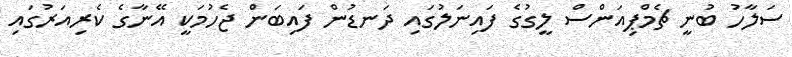
ސަލާހު ބުނީ ޗެމްޕިއަންސް ލީގުގެ ފައިނަލުގައި ދަނޑުން ފައިބަން ޖެހުމަކީ އޭނާގެ ކެރިއަރުގައި